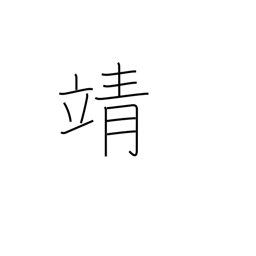
Meaning: peaceful